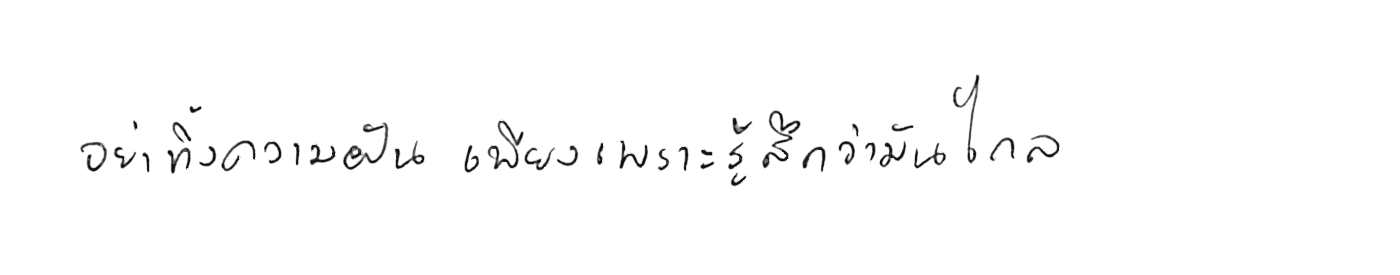
อย่าทิ้งความฝัน เพียงเพราะรู้สึกว่ามันไกล